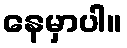
နေမှာပါ။